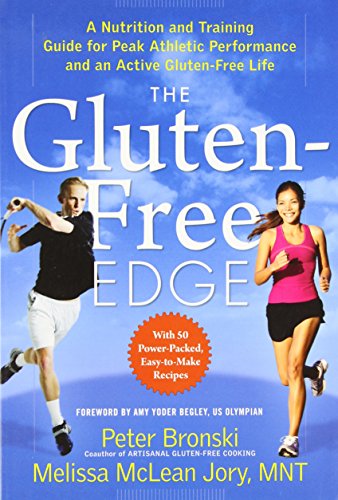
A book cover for The Gluten-Free Edge: A Nutrition and Training Guide for Peak Athletic Performance and an Active Gluten-Free Life; Peter Bronski; Health, Fitness & Dieting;